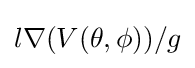
l\nabla (V(\theta ,\phi ))/g